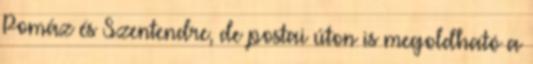
Pomáz és Szentendre, de postai úton is megoldható a